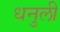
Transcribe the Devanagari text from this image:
धनुली